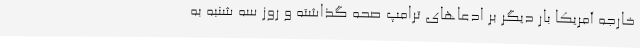
خارجه آمریکا بار دیگر بر ادعاهای ترامپ صحه گذاشته و روز سه شنبه به